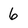
Character: 6